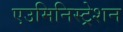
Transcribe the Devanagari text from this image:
एउमिनिस्ट्रेशन